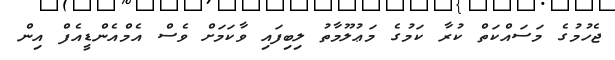
ޖެހުމުގެ މަސައްކަތް ކުރާ ކަމުގެ މަޢުލޫމާތު ލިބިފައި ވާކަމަށް ވެސް އެމްއެންޑީއެފް އިން